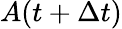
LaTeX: A(t+\Delta t)